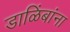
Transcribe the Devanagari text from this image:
डाळिंबांना